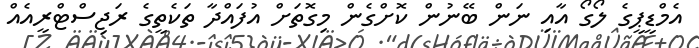
އެމްޑީޕީގެ ލޯގޯ އާއި ނަން ބޭނުން ކޮށްގެން މިގޮތަށް އުފައްދާ ތަކެތީގެ ރަޖިސްޓްރީއެއް